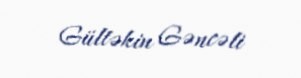
Gültəkin Gəncəli